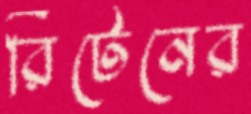
রিটেনের